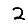
Digit: 2